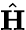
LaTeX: \hat{\mathbf H}